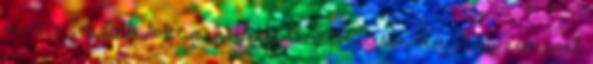
mire is gondoltatok. Amennyiben természetesen nem, vagy nem pont